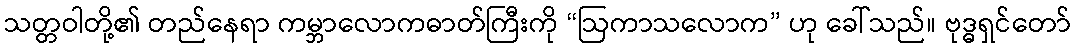
သတ္တဝါတို့၏ တည်နေရာ ကမ္ဘာလောကဓာတ်ကြီးကို “ဩကာသလောက” ဟု ခေါ်သည်။ ဗုဒ္ဓရှင်တော်